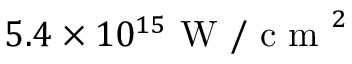
5 . 4 \times 1 0 ^ { 1 5 } \mathrm { ~ W ~ / ~ c ~ m ~ } ^ { 2 }